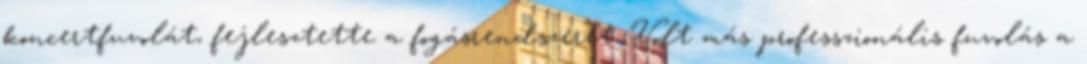
koncertfuvolát, fejlesztette a fogásrendszerét. Volt más professzionális fuvolás a